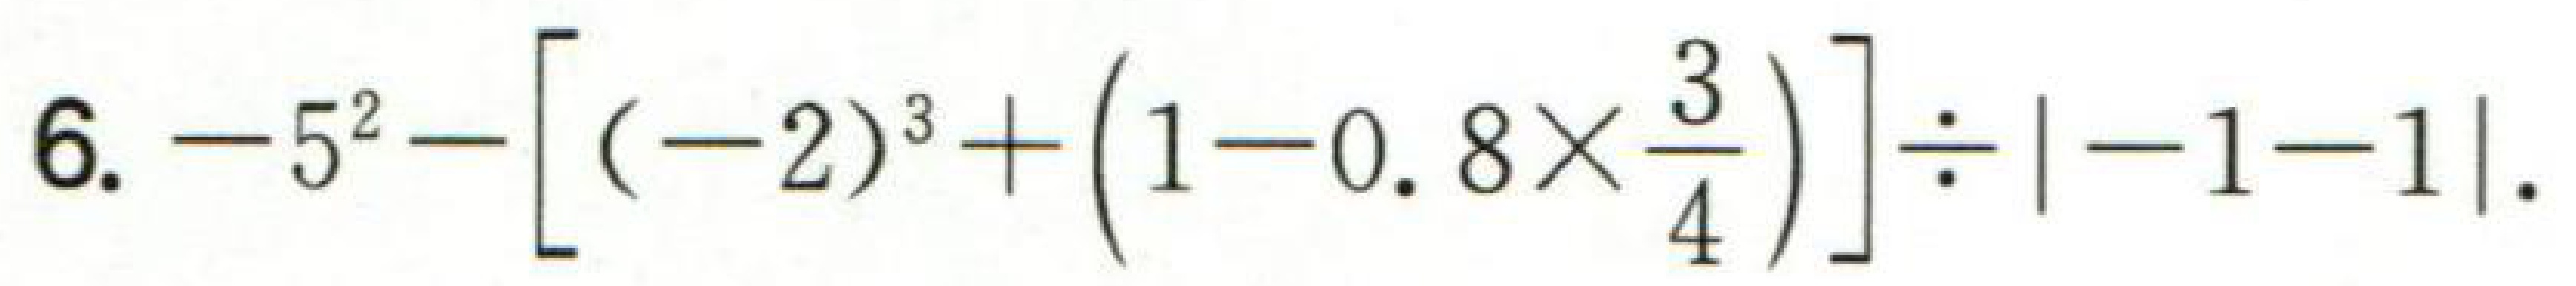
$6. -5^{2}-\left[(-2)^{3}+\left(1 - 0.8\times\frac{3}{4}\right)\right]\div\left\vert-1 - 1\right\vert.$